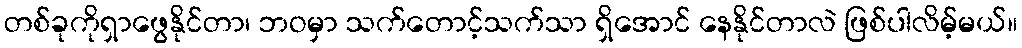
တစ်ခုကိုရှာဖွေနိုင်တာ၊ ဘဝမှာ သက်တောင့်သက်သာ ရှိအောင် နေနိုင်တာလဲ ဖြစ်ပါလိမ့်မယ်။